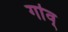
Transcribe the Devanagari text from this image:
गा॑व्